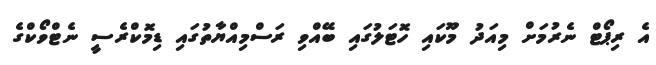
އެ ރިޕޯޓް ނެރުމަށް މިއަދު މޫކައި ހޮޓަލުގައި ބޭއްވި ރަސްމިއްޔާތުގައި ޑިމޮކްރެސީ ނެޓްވޯކްގެ